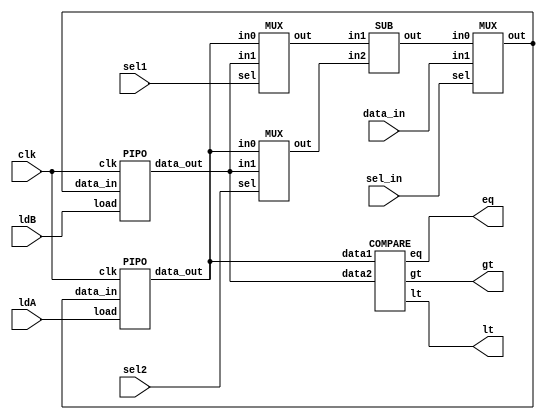
module GCD_datapath(gt,lt,eq,ldA,ldB,sel1,sel2,sel_in,data_in,clk);
 input ldA,ldB,sel1,sel2,sel_in,clk;
 input [15:0]data_in;
output gt,lt,eq;
wire[15:0] Aout,Bout,X,Y,Bus,Subout;

PIPO A(Aout,Bus,ldA,clk);
PIPO B(Bout,Bus,ldB,clk);
MUX MUX_in1(X,Aout,Bout,sel1);
MUX MUX_in2(Y,Aout,Bout,sel2);
MUX MUX_load(Bus,Subout,data_in,sel_in);
SUB SB(Subout,X,Y);
COMPARE COMP(lt,gt,eq,Aout,Bout);
endmodule

module PIPO(data_out,data_in,load,clk);
input[15:0] data_in;
input load,clk;
output reg[15:0]data_out;

always@(posedge clk)
if(load)data_out<=data_in;
endmodule

module SUB(out,in1,in2);
input[15:0] in1,in2;
output reg [15:0]  out;

always@(*)
out=in1-in2;
endmodule

module MUX(out,in0,in1,sel);
input [15:0] in0,in1;
input sel;
output [15:0]out;
assign out=sel? in1:in0;
endmodule

module COMPARE(lt,gt,eq,data1,data2);
input [15:0]data1,data2;
output lt,gt,eq;

assign lt=data1<data2;
assign gt=data1>data2;
assign eq=data1==data2;
endmodule